Annual statistical returns and brief notes on vaccination in Bengal - 1896-1909
Year: 1896
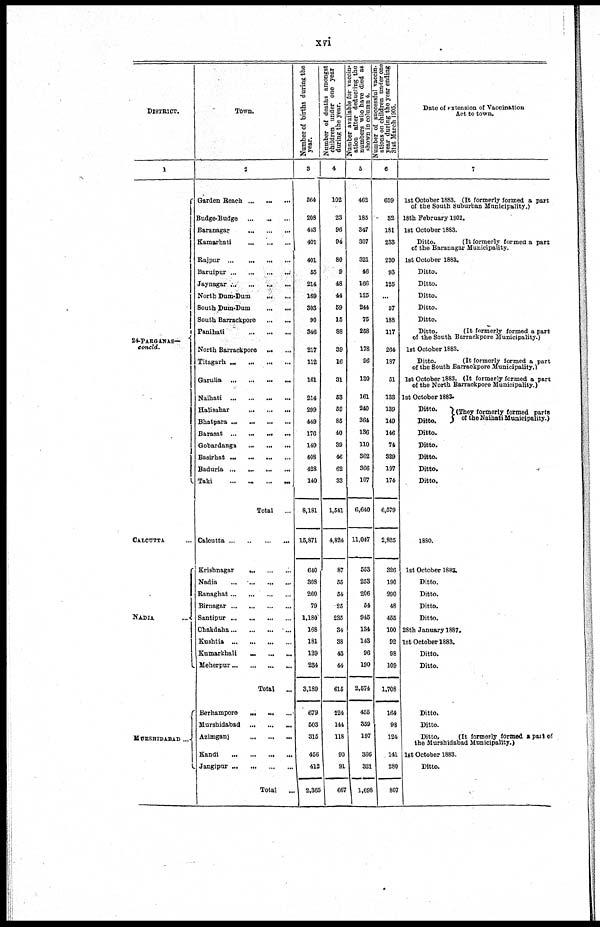
xvi
DISTRICT.
1
24-PARGANAS—
concld.
CALCUTTA ...
NADIA
...
MURSHIDABAD ...
Town.
2
Garden Beach ... ... ...
Budge-Budge
...
...
...
Baranagar
...
...
...
Kamarhati
...
...
...
Rajpur
...
...
...
...
Baruipur ... ... ... ...
Jaynagar ... ... ... ...
North Dum-Dum
...
...
South Dum-Dum
...
...
South Barrachpore
...
...
Panihati
...
...
...
North Barrackpore ... ...
Titagarh ... ... ... ...
Garulia
...
...
...
...
Naihati
...
Halisahar
...
...
...
Bhatpara ...
...
... ...
Barasat
...
...
... ...
Gobardanga
...
...
...
Basirhat ... ... ... ...
Baduria
...
...
...
...
Taki
...
...
...
...
Total
...
Calcutta ... ... ... ...
Krishnagar
...
...
...
Nadia
...
...
...
...
Ranaghat ... ... ... ...
Birnagar ... ... ... ...
Santipur ... ... ... ...
Chakdaha ... ... ... ...
Kushtia
...
...
...
...
Kumarkhali
...
...
...
Meherpur ... ... ... ...
Total
...
Berhampore ... ... ...
Murshidabad
...
...
...
Azimganj
...
...
...
Kandi
...
...
...
...
Jangipur ... ... ... ...
Total
...
Number of births during the
year.
3
564
208
443
401
401
55
214
169
303
90
346
217
112
161
214
299
449
176
149
408
428
140
8,181
15,871
640
308
260
79
1,180
168
181
139
234
3,189
679
503
315
456
412
2,365
Number of deaths amongst
children under one year
during the year.
4
102
23
96
94
80
9
48
44
59
15
88
39
16
31
63
59
85
40
39
46
62
33
1,541
4,824
87
55
54
25
235
34
38
43
44
615
224
144
118
90
91
667
Number available for vaccin-
ation after deducting the
numbers who have died as
shown in column 4.
5
462
185
347
307
321
46
166
125
244
75
258
178
96
130
161
240
364
136
110
362
366
107
6,640
11,047
553
253
206
54
945
134
143
96
190
2,574
455
359
197
366
321
1,698
Number of successful vaccin-
ations on children under one
year during the year ending
31st March 1905.
6
659
32
181
233
230
93
125
...
57
188
117
264
187
51
133
139
149
146
74
329
197
174
6,579
2,825
326
190
290
48
455
100
92
98
109
1,708
164
98
124
141
280
807
Date of extension of Vaccination
Act to town.
7
1st October 1883. (It formerly formed a part
of the South Suburban Municipality.)
18th February 1902.
1st October 1883.
Ditto.
(It formerly formed a part
of the Baranagar Municipality.
1st October 1883.
Ditto.
Ditto.
Ditto.
Ditto.
Ditto.
Ditto.
(It formerly formed a part
of the South Barrackpore Municipality.)
1st October 1883.
Ditto.
(It formerly formed a part
of the South Barrackpore Municipality.)
1st October 1883. (It formerly formed a part
of the North Barrackpore Municipality.)
1st October 1883.
Ditto.
Ditto.
(They formerly formed parts
of the Naihati Municipality.)
Ditto.
Ditto.
Ditto.
Ditto.
Ditto.
1880.
1st October 1883.
Ditto.
Ditto.
Ditto.
Ditto.
28th January 1887.
1st October 1883.
Ditto.
Ditto.
Ditto.
Ditto.
Ditto.
(It formerly formed a part of
the Murshidabad Municipality.)
1st October 1883.
Ditto.